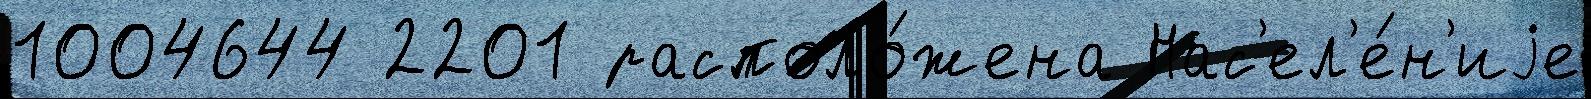
1004644 2201 располо́жена Нас'ел'е́н'иjе